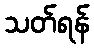
သတ်ရန်